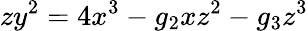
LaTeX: zy^{2}=4x^{3}-g_{2}xz^{2}-g_{3}z^{3}